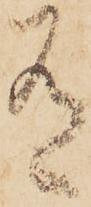
有